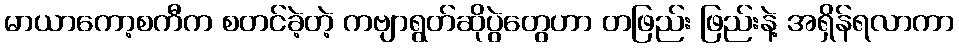
မာယာကော့စကီက စတင်ခဲ့တဲ့ ကဗျာရွတ်ဆိုပွဲတွေဟာ တဖြည်း ဖြည်းနဲ့ အရှိန်ရလာကာ